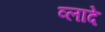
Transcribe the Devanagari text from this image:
व्लादे